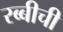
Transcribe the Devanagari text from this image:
रब्बीची